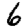
Digit: 6